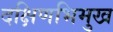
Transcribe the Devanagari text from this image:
दक्षिणभिमुख